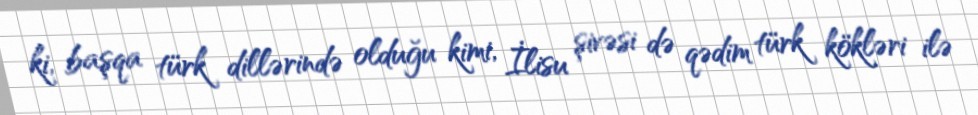
ki, başqa türk dillərində olduğu kimi, İlisu şivəsi də qədim türk kökləri ilə